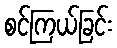
စင်ကြယ်ခြင်း